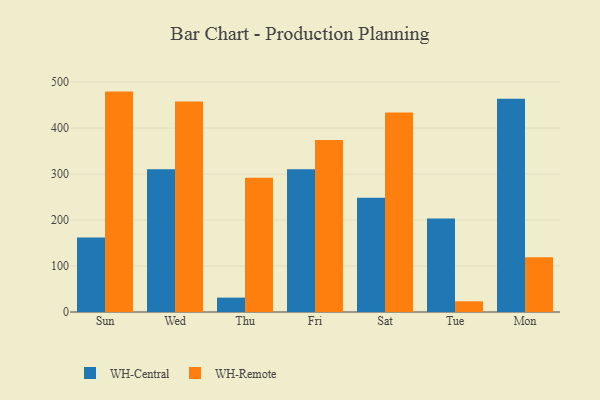
{"axis": {"x": "Day", "y": "Customer Acquisition Cost (USD)"}, "legend": ["WH-Central", "WH-Remote"], "data": [{"x": "Sun", "y": 162.1, "type": "WH-Central"}, {"x": "Sun", "y": 479.3, "type": "WH-Remote"}, {"x": "Wed", "y": 310.7, "type": "WH-Central"}, {"x": "Wed", "y": 457.9, "type": "WH-Remote"}, {"x": "Thu", "y": 31.3, "type": "WH-Central"}, {"x": "Thu", "y": 291.8, "type": "WH-Remote"}, {"x": "Fri", "y": 310.5, "type": "WH-Central"}, {"x": "Fri", "y": 374.1, "type": "WH-Remote"}, {"x": "Sat", "y": 248.5, "type": "WH-Central"}, {"x": "Sat", "y": 434.0, "type": "WH-Remote"}, {"x": "Tue", "y": 203.1, "type": "WH-Central"}, {"x": "Tue", "y": 23.3, "type": "WH-Remote"}, {"x": "Mon", "y": 463.8, "type": "WH-Central"}, {"x": "Mon", "y": 119.1, "type": "WH-Remote"}]}